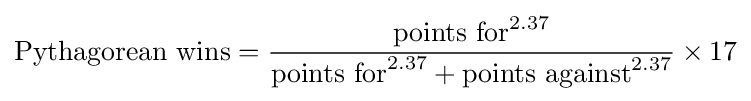
{\text{Pythagorean wins}}={\frac {{\text{points for}}^{2.37}}{{\text{points for}}^{2.37}+{\text{points against}}^{2.37}}}\times 17